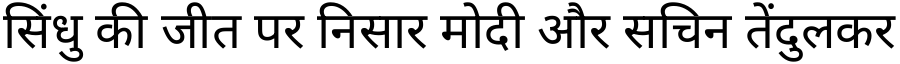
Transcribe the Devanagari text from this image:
सिंधु की जीत पर निसार मोदी और सचिन तेंदुलकर